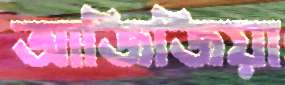
আজিজিয়া